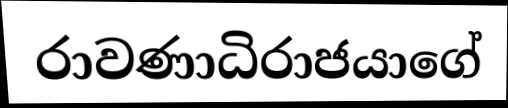
රාවණාධිරාජයාගේ